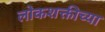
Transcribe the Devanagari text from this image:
लोकशक्तीच्या